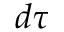
d \tau